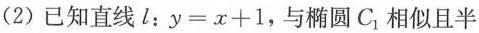
(2)已知直线l：$$y=x+1$$，与椭圆C_{1}相似且半